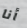
أنا